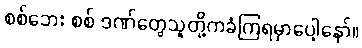
စစ်ဘေး စစ် ဒဏ်တွေသူတို့ကခံကြရမှာပေါ့နော်။